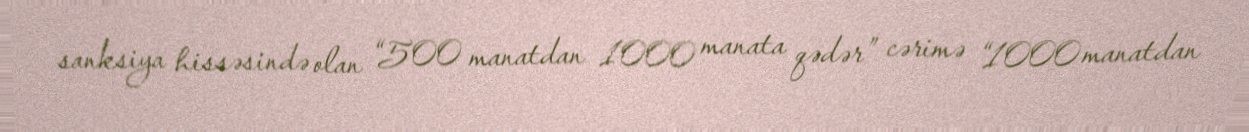
sanksiya hissəsində olan “500 manatdan 1000 manata qədər” cərimə “1000 manatdan